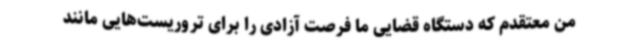
من معتقدم که دستگاه قضایی ما فرصت آزادی را برای تروریست‌هایی مانند